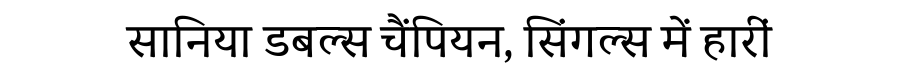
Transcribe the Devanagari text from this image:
सानिया डबल्स चैंपियन, सिंगल्स में हारीं